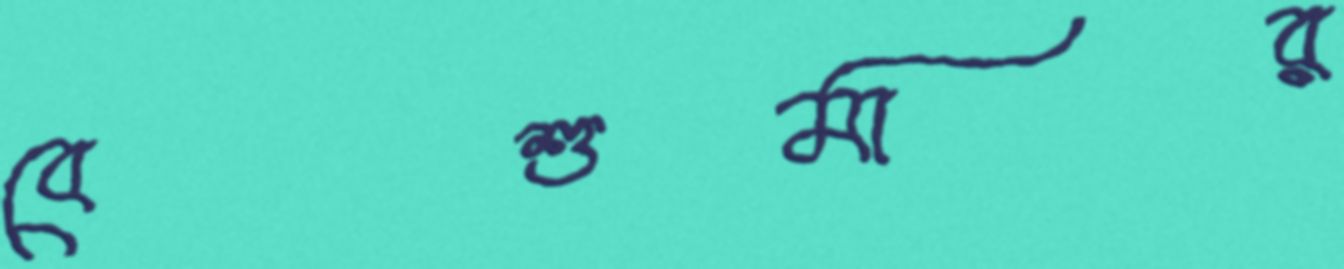
বেশুমার